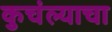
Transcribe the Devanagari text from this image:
कुचंल्याचा